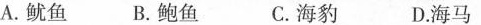
A.鱿鱼 B.鲍鱼 C.海豹 D.海马